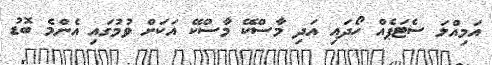
އަމިއްލަ ސެޓަޕެއް ހޯދައި އަދި މާސްކޭ މާސްކޭ އަކަށް ވުމުގައި އެންމެ ބޮޑު